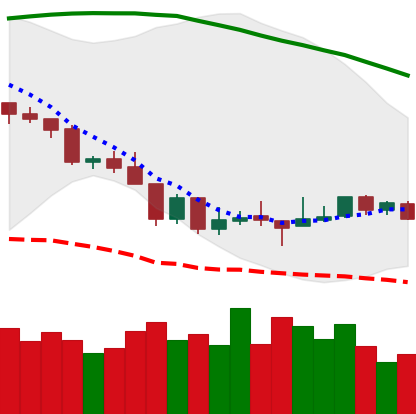
Ticker: BTC-USD
Chart end date: 2018-08-20
Forward return: 7.207%
Label: up_7plus